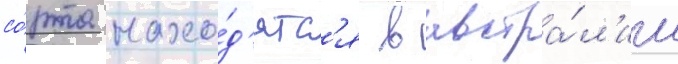
со́рта нахо́д'ятс'я в австра́л'ии